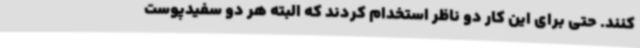
کنند. حتی برای این کار دو ناظر استخدام کردند که البته هر دو سفیدپوست